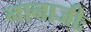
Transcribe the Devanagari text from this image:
नानाजीः